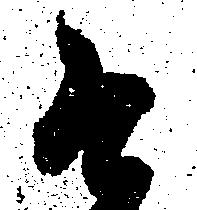
そ